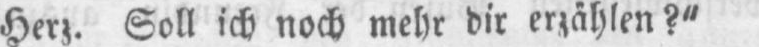
Herz. Soll ich noch mehr dir erzählen?“